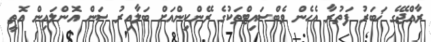
ރާއްޖޭގެ ޚަބަރު ފަތުރާ އެހެން ވެބްސައިޓްތަކުގެ ރޭންކިންއަށް ބަލާއިރު ސަން އޮންލައިން އޮތީ